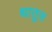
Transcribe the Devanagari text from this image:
धातुस